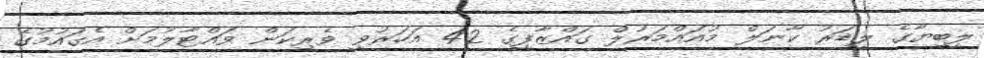
ލީބިޔާގެ ލީޑަރު ކާނަލް މުއައްމަރުލް ގައްޒާފީގެ 42 އަހަރުވީ ވެރިކަން ވައްޓާލުމަށް އެގައުމުގެ